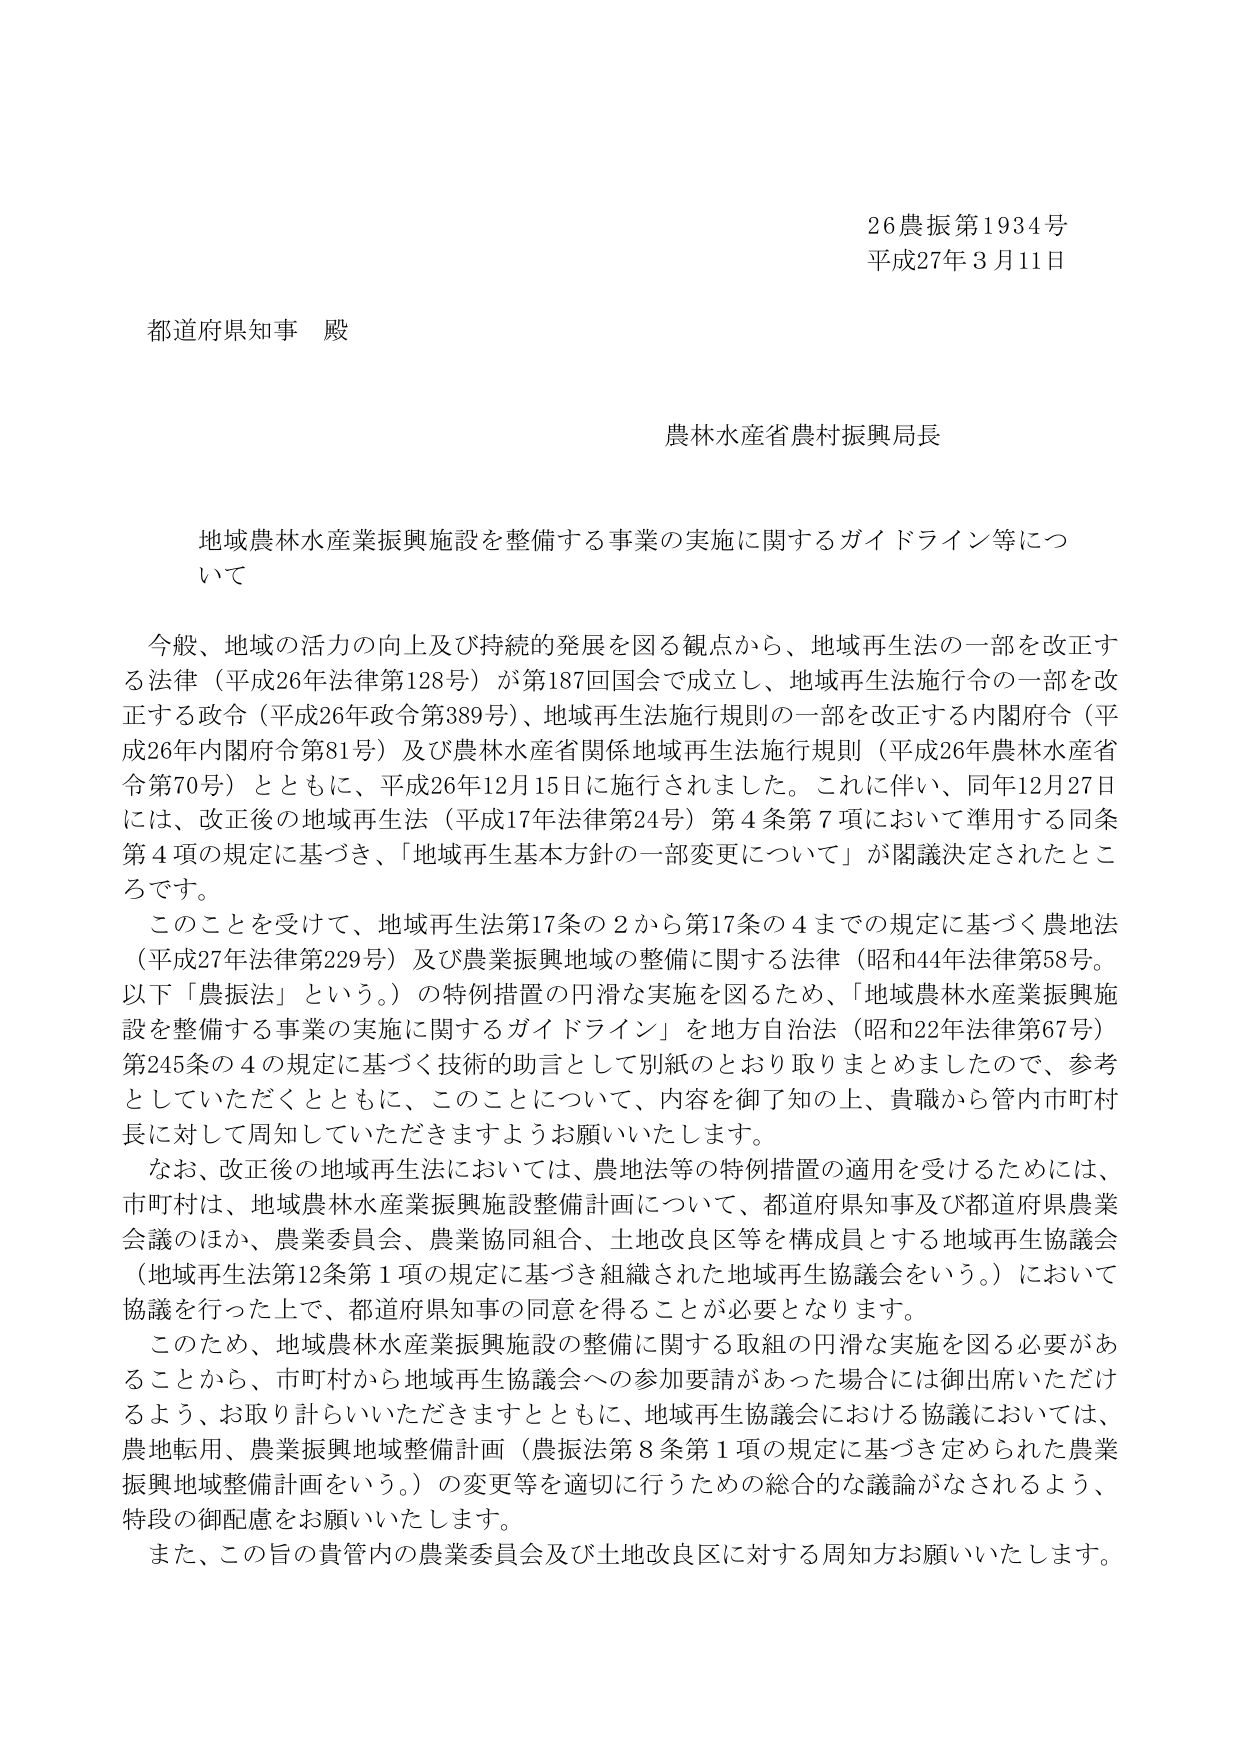
26農振第1934号
平成27年3月11日

都道府県知事 殿

農林水産省農村振興局長

地域農林水産業振興施設を整備する事業の実施に関するガイドライン等について

今般、地域の活力の向上及び持続的発展を図る観点から、地域再生法の一部を改正する法律（平成26年法律第128号）が第187回国会で成立し、地域再生法施行令の一部を改正する政令（平成26年政令第389号）、地域再生法施行規則の一部を改正する内閣府令（平成26年内閣府令第81号）及び農林水産省関係地域再生法施行規則（平成26年農林水産省令第70号）とともに、平成26年12月15日に施行されました。これに伴い、同年12月27日には、改正後の地域再生法（平成17年法律第24号）第4条第7項において準用する同条第4項の規定に基づき、「地域再生基本方針の一部変更について」が閣議決定されたところです。

このことを受けて、地域再生法第17条の2から第17条の4までの規定に基づく農地法（平成27年法律第229号）及び農業振興地域の整備に関する法律（昭和44年法律第58号。以下「農振法」という。）の特例措置の円滑な実施を図るため、「地域農林水産業振興施設を整備する事業の実施に関するガイドライン」を地方自治法（昭和22年法律第67号）第245条の4の規定に基づく技術的助言として別紙のとおり取りまとめましたので、参考としていただくとともに、このことについて、内容を御了知の上、貴職から管内市町村長に対して周知していただきますようお願いいたします。

なお、改正後の地域再生法においては、農地法等の特例措置の適用を受けるためには、市町村は、地域農林水産業振興施設整備計画について、都道府県知事及び都道府県農業会議のほか、農業委員会、農業協同組合、土地改良区等を構成員とする地域再生協議会（地域再生法第12条第1項の規定に基づき組織された地域再生協議会をいう。）において協議を行った上で、都道府県知事の同意を得ることが必要となります。

このため、地域農林水産業振興施設の整備に関する取組の円滑な実施を図る必要があることから、市町村から地域再生協議会への参加要請があった場合には御出席いただけるよう、お取り計らいいただきますとともに、地域再生協議会における協議においては、農地転用、農業振興地域整備計画（農振法第8条第1項の規定に基づき定められた農業振興地域整備計画をいう。）の変更等を適切に行うための総合的な議論がなされるよう、特段の御配慮をお願いいたします。

また、この旨の貴管内の農業委員会及び土地改良区に対する周知方お願いいたします。